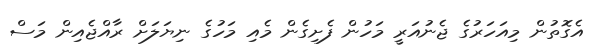
އެގޮތުން މިއަހަރުގެ ޖެނުއަރީ މަހުން ފެށިގެން މެއި މަހުގެ ނިޔަލަށް ރާއްޖެއިން މަސް